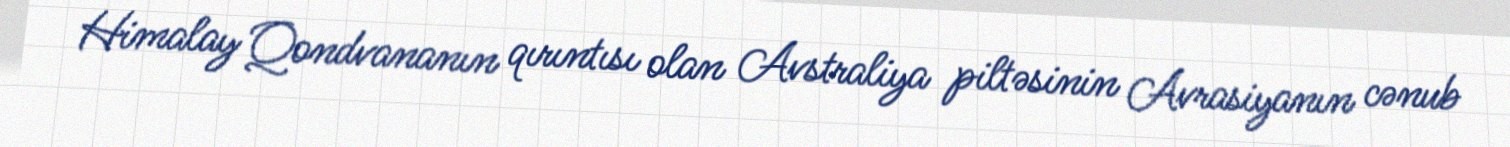
Himalay Qondvananın qırıntısı olan Avstraliya piltəsinin Avrasiyanın cənub